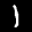
Label: 1